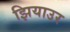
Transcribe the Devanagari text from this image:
झियाउर